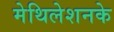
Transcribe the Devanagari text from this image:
मेथिलेशनके